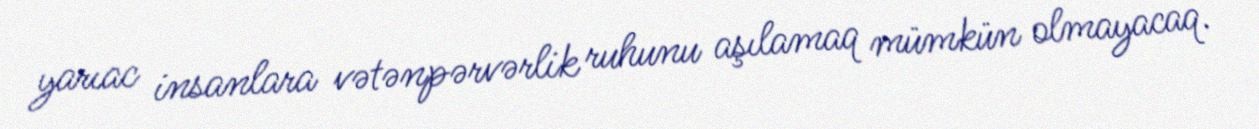
yarıac insanlara vətənpərvərlik ruhunu aşılamaq mümkün olmayacaq.